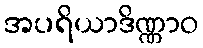
အပရိယာဒိဏ္ဏာဝ